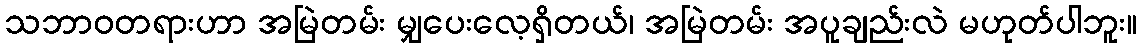
သဘာဝတရားဟာ အမြဲတမ်း မျှပေးလေ့ရှိတယ်၊ အမြဲတမ်း အပူချည်းလဲ မဟုတ်ပါဘူး။